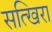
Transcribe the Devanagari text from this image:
सत्खिरा